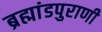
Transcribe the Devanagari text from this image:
ब्रह्मांडपुराणी